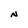
Character: N